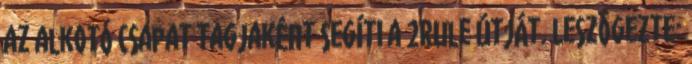
az alkotó csapat tagjaként segíti a 2Rule útját. Leszögezte: